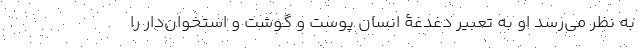
به نظر می‌رسد او به تعبیر دغدغۀ انسان پوست و گوشت و استخوان‌دار را